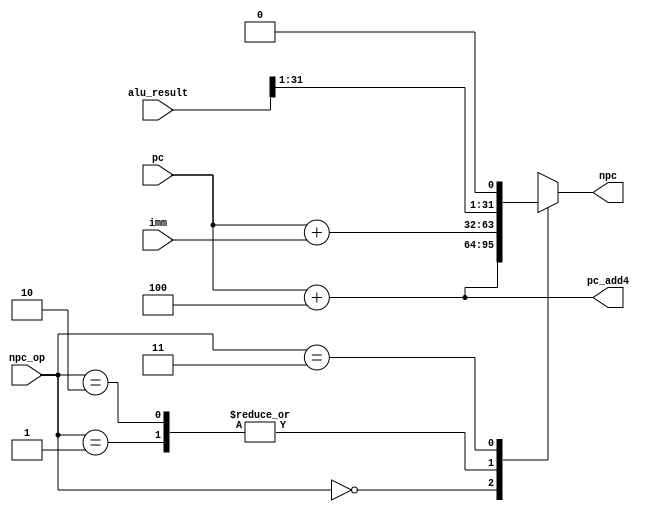



module NPC(
     input [31:0]pc,
     input [31:0] imm,
     input [31:0] alu_result,//ALU result
     input [1:0] npc_op,
     output reg [31:0] npc,
     output [31:0] pc_add4
);

assign pc_add4=pc+32'd4;

always@(*)
begin
     case(npc_op)
     2'b00: npc=pc+32'd4; //R I lw lui sw
     2'b01: npc=pc+imm;//B--imm
     2'b10: npc=pc+imm;//jal-imm
     2'b11: npc={alu_result[31:1],1'b0};//jalr--imm
     default:npc=32'b0;
     endcase
end


endmodule